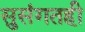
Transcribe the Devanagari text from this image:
सुसंगतही